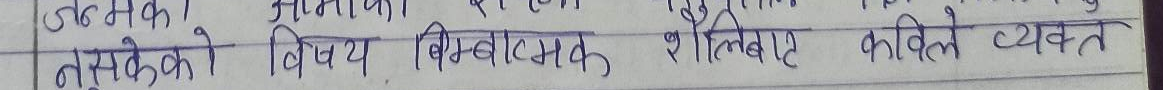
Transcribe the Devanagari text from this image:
ज०माका मागाळा श्
नमुनेको बिषय बिम्बात्मक शैलिबए कविताले व्यक्त